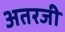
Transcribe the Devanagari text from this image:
अतरजी